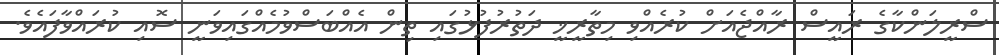
ސްރީލަންކާގެ ރައީސް ރާއްޖެއަށް ކުރެއްވި މިތާރީޚީ ދަތުރުފުޅުގައި ތިން އެއްބަސްވުމެއްގައިވަނީ ސޮއި ކުރައްވާފައެވެ.